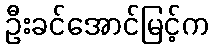
ဦးခင်အောင်မြင့်က